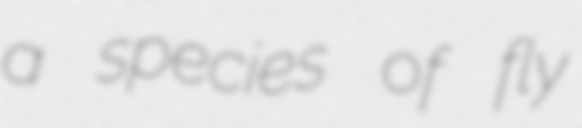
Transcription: a species of fly